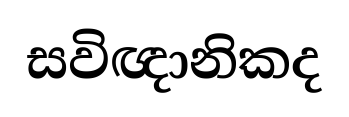
සවිඥානිකද